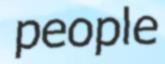
people